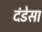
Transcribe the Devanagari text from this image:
दंडेसा